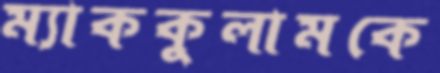
ম্যাককুলামকে